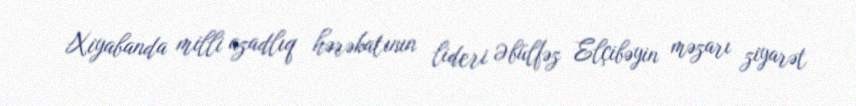
Xiyabanda milli azadlıq hərəkatının lideri Əbülfəz Elçibəyin məzarı ziyarət